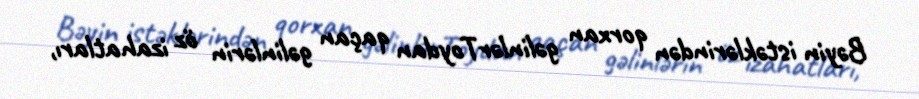
Bəyin istəklərindən qorxan gəlinlərToydan qaçan gəlinlərin öz izahatları,